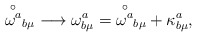
\begin{align*} {\stackrel{\circ}{\omega^a}}_{b\mu}\longrightarrow \omega^a_{b \mu} = {\stackrel{\circ}{\omega^a}}_{b\mu} + \kappa^a_{b \mu},\end{align*}